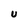
Character: U